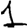
Digit: 1